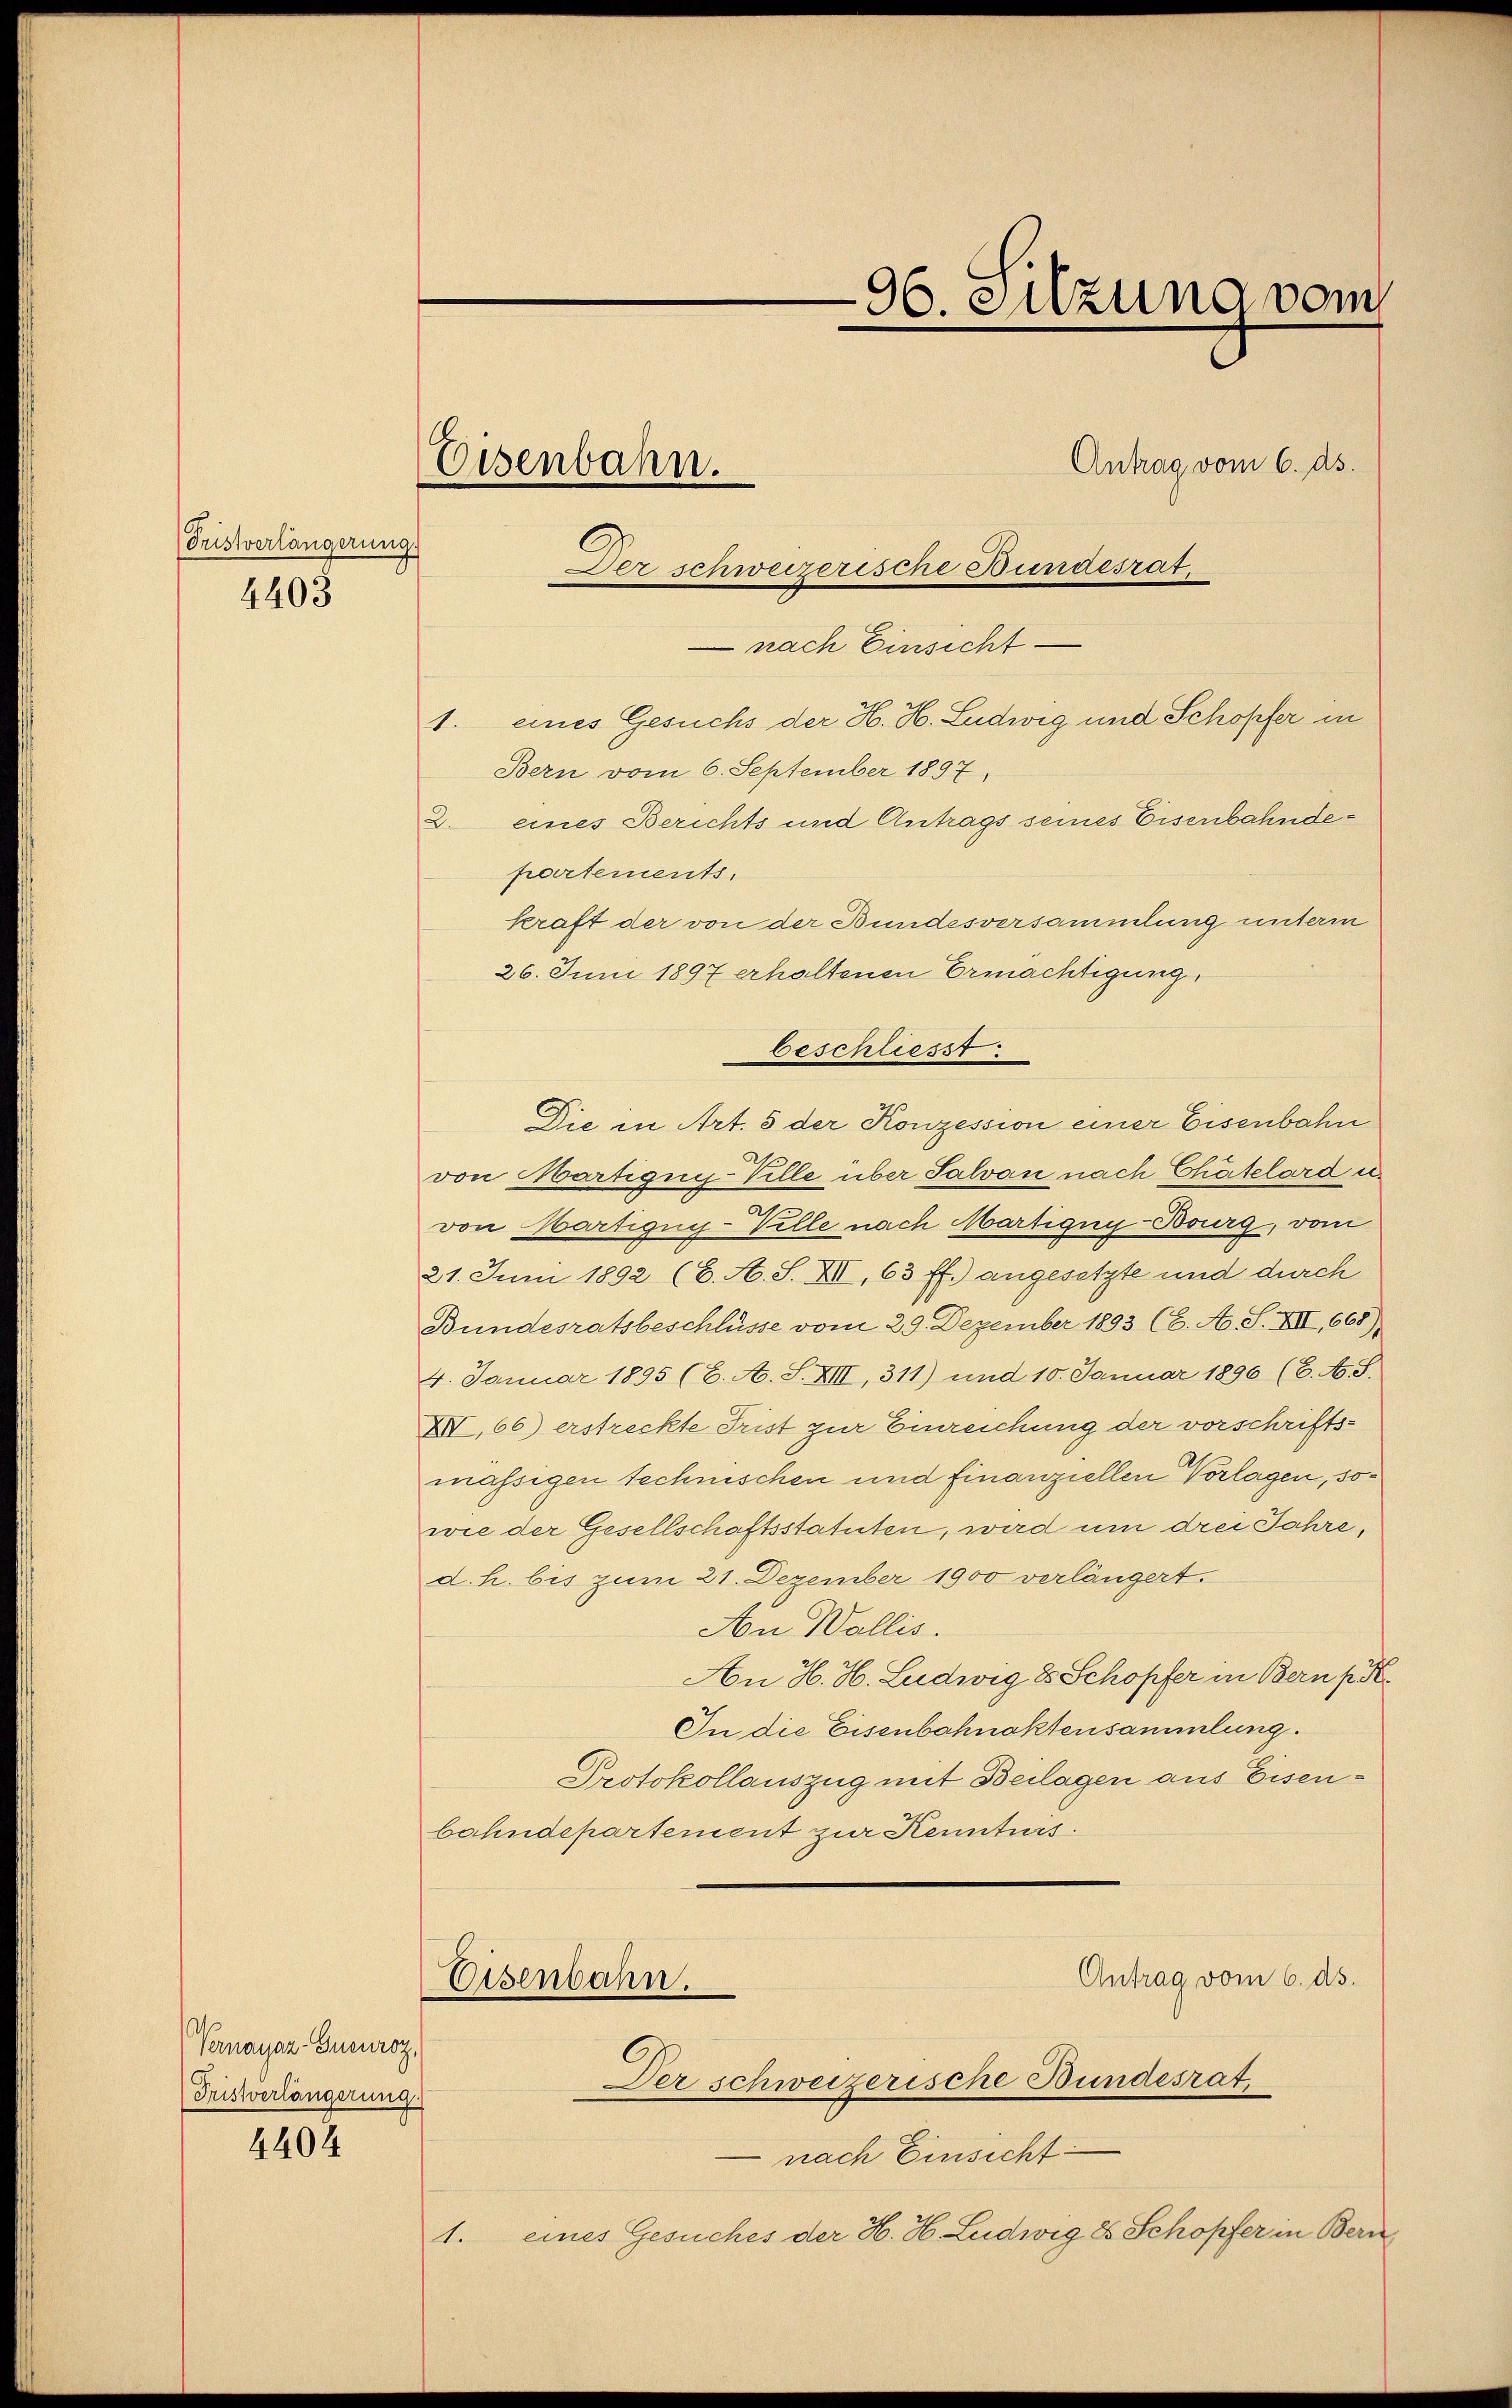
Fristverlängerung

4403

Vernayaz-Gueuroz,
Fristverlängerung.

4404

96. Sitzung vom
Antrag vom 6. ds.
Eisenbahn.
Der schweizerische Bundesrat
e

1.

Bern vom 6. September 1897.
2. eines Berichts und Antrags seines Eisenbahndepartements.
kraft der von der Bundesversammlung unterm
26. Juni 1897 erhaltenen Ermächtigung,
von Martigny-Ville über Salvan nach Chätelard u.
von Martigug-Velle nach Martigny-Bourg, vom
21. Juni 1892 (6. A. S. XI, 63 ff.) angesetzte und durch
Bundesratsbeschlüsse vom 29. Dezember 1893 (6. A. S. XII, 668)
4. Januar 1895 (6. A. S. XII, 311) und 10. Januar 1896 (6. A. S.
XI.66) erstreckte Trist zur Einreichung der vorschriftsmässigen technischen und finanziellen Vorlagen, sowie der Gesellschaftsstatuten, wird um drei Jahre,
d. h. bis zum 21. Dezember 1900 verlängert.
An Wallis.
An H. H. Ludwig 8 Schopfer in Bern pr
In die Eisenbahnaktensammlung.
Protokollauszug mit Beilagen aus Eisenbahndepartement zur Kenntnis.
Antrag vom 6. ds.
Eisenbahn.
Der schweizerische Bundesrat,

nach Einsicht
eines Gesuchs der H. H. Ludwig und Schopfer in

beschliesst.
Die in Art. 5 der Konzession einer Eisenbahn

nach Einsicht
1. eines Gesuches der H. H. Ludwig 8 Schopfer in Bern